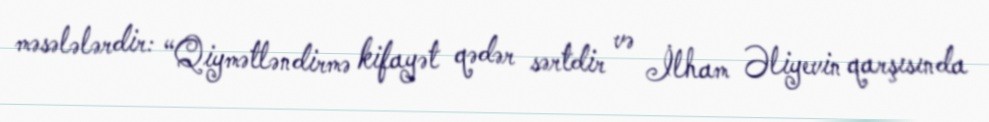
məsələlərdir: “Qiymətləndirmə kifayət qədər sərtdir və İlham Əliyevin qarşısında